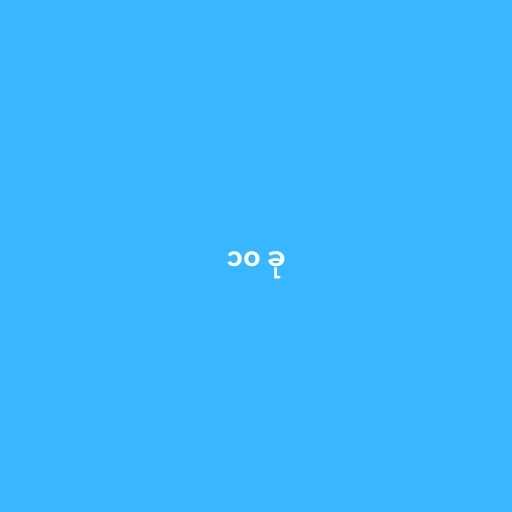
၁၀ ခု